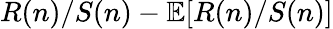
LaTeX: R(n)/S(n)-\mathbb{E}[R(n)/S(n)]